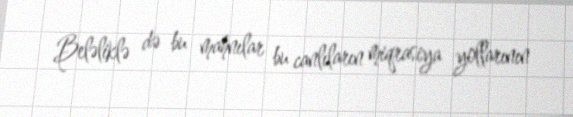
Beləliklə də bu mahnılar bu canlıların miqrasiya yollarının